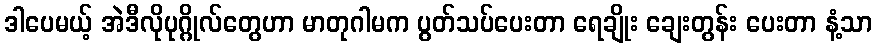
ဒါပေမယ့် အဲဒီလိုပုဂ္ဂိုလ်တွေဟာ မာတုဂါမက ပွတ်သပ်ပေးတာ ရေချိုး ချေးတွန်း ပေးတာ နံ့သာ